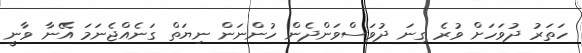
ހަތަރު ދުވަހަށް ވުރެ ގިނަ ދުވަސްވަންދެން ހުންނަން ނިޔަތް ގަނެއްޖެނަމަ އޭނާ ވާނީ